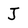
Character: J